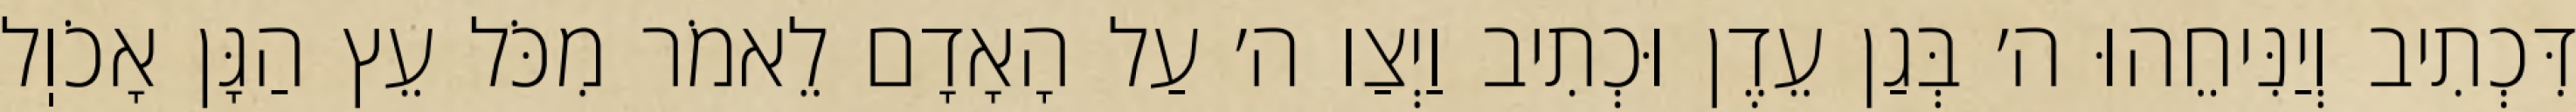
דִּכְתִיב וְיַנִּיחֵהוּ ה׳ בְּגַן עֵדֶן וּכְתִיב וַיְצַו ה׳ עַל הָאָדָם לֵאמֹר מִכֹּל עֵץ הַגָּן אָכֹוֽל